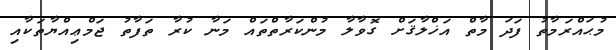
މުޙައްރަމާތު ފަދަ މާތް އަޚްލާޤަށް ގޮވާލާ މުންކަރާތްތައް މަނާ ކުރާ ތަފާތު ޖަމްޢިއްޔާތަކާއި